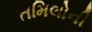
તમિલોની